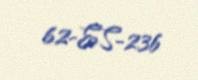
62-ES-236